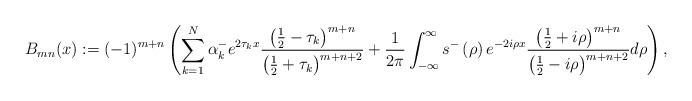
\begin{align*}B_{mn}(x):=(-1)^{m+n}\left( \sum_{k=1}^{N}\alpha_{k}^{-}e^{2\tau_{k}x}\frac{\left( \frac{1}{2}-\tau_{k}\right) ^{m+n}}{\left( \frac{1}{2}+\tau_{k}\right) ^{m+n+2}}+\frac{1}{2\pi}\int_{-\infty}^{\infty}s^{-}\left(\rho\right) e^{-2i\rho x}\frac{\left( \frac{1}{2}+i\rho\right) ^{m+n}}{\left( \frac{1}{2}-i\rho\right) ^{m+n+2}}d\rho\right) , \end{align*}